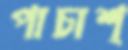
পাচাশ্